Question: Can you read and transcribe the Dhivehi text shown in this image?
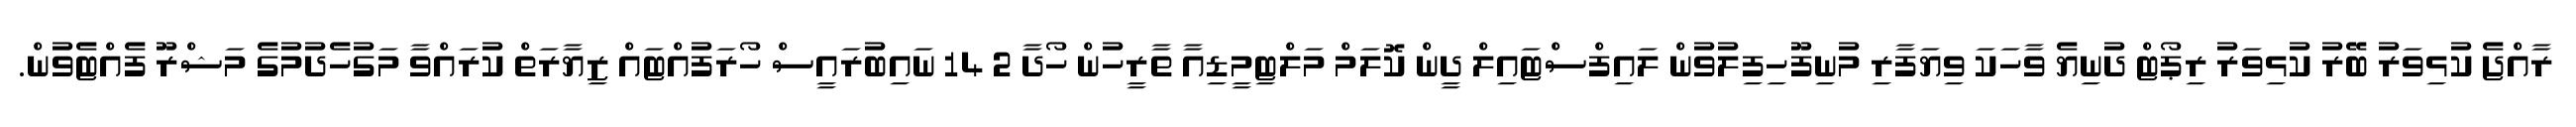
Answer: ރާއްޖެ ކުޅިވަރު ބޭރު ކުޅިވަރު ރިޕޯޓް ދުނިޔެ ވާހަކަ ވިޔަފާރި މުނިފޫހިފިލުވުން ލައިފްސްޓައިލް ދީން ކޮލަމް މަލްޓިމީޑިއާ ތާރީހުން ހޯދާ 2 14 ނައިބުރައީސް ހޯރަފުއްޓައް ޒިޔާރަތް ކުރައްވާ މަގުހެދުމުގެ މަޝްރޫ ފެއްޓެވުން.